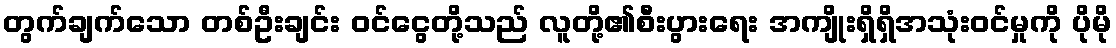
တွက်ချက်သော တစ်ဦးချင်း ဝင်ငွေတို့သည် လူတို့၏စီးပွားရေး အကျိုးရှိရှိအသုံးဝင်မှုကို ပိုမို